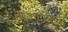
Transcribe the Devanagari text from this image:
तातप्यमानम्